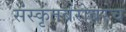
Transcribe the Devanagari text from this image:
संस्कृतबरोबरच